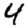
Digit: 4